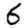
Digit: 6